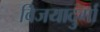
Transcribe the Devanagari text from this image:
विजयादुर्गा